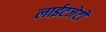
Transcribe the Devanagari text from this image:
लाईटजेटों